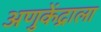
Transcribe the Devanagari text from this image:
अणुकेंद्राला